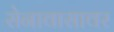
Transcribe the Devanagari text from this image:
सेनावासावर